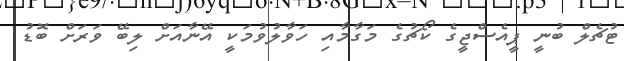
ޓުޗެލް ބުނީ ޕީއެސްޖީގެ ކޯޗުގެ މަގާމާއި ހަވާލުވުމަކީ އޭނާއަށް ލިބޭ ވަރަށް ބޮޑު